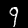
Digit: 9